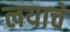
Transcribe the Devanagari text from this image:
लयाचे